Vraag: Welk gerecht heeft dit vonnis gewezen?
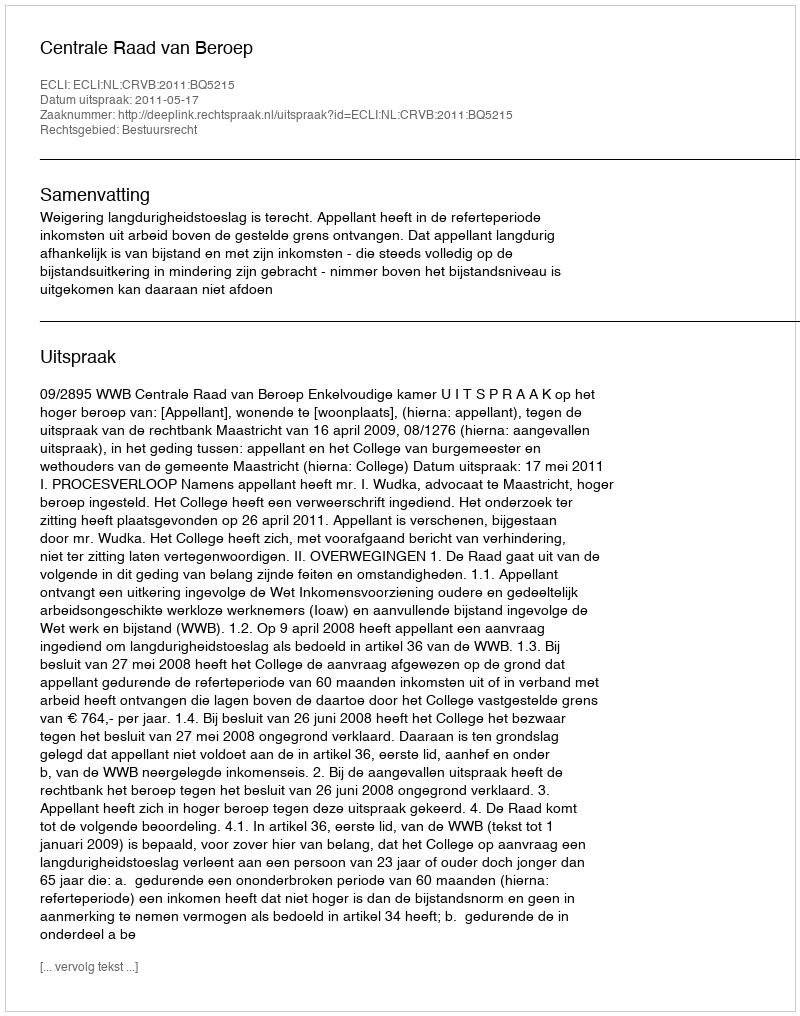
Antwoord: Centrale Raad van Beroep